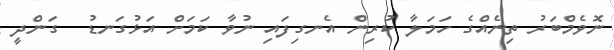
ނޮވެމްބަރު ތިނެއްގެ ހަމަލާ ކުރިން އެނގިފައި ނުވާ ކަމަށް އަޅުގަނޑު  ގަންދީ